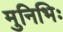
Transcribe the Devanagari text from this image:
मुनिभिः